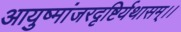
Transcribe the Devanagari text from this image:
आयुष्मांजरदृष्टिर्यथासम्।।